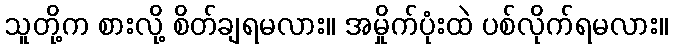
သူတို့က စားလို့ စိတ်ချရမလား။ အမှိုက်ပုံးထဲ ပစ်လိုက်ရမလား။